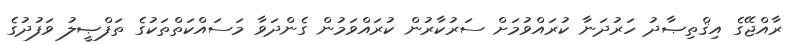
ރާއްޖޭގެ އިޤްތިޞާދު ހަރުދަނާ ކުރައްވުމަށް ސަރުކާރުން ކުރައްވަމުން ގެންދަވާ މަސައްކަތްތަކުގެ ތަފްޞީލު ވަފުދުގެ